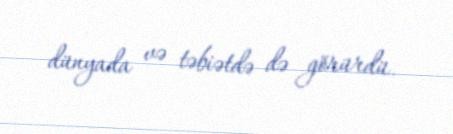
dünyada və təbiətdə də görürdü.